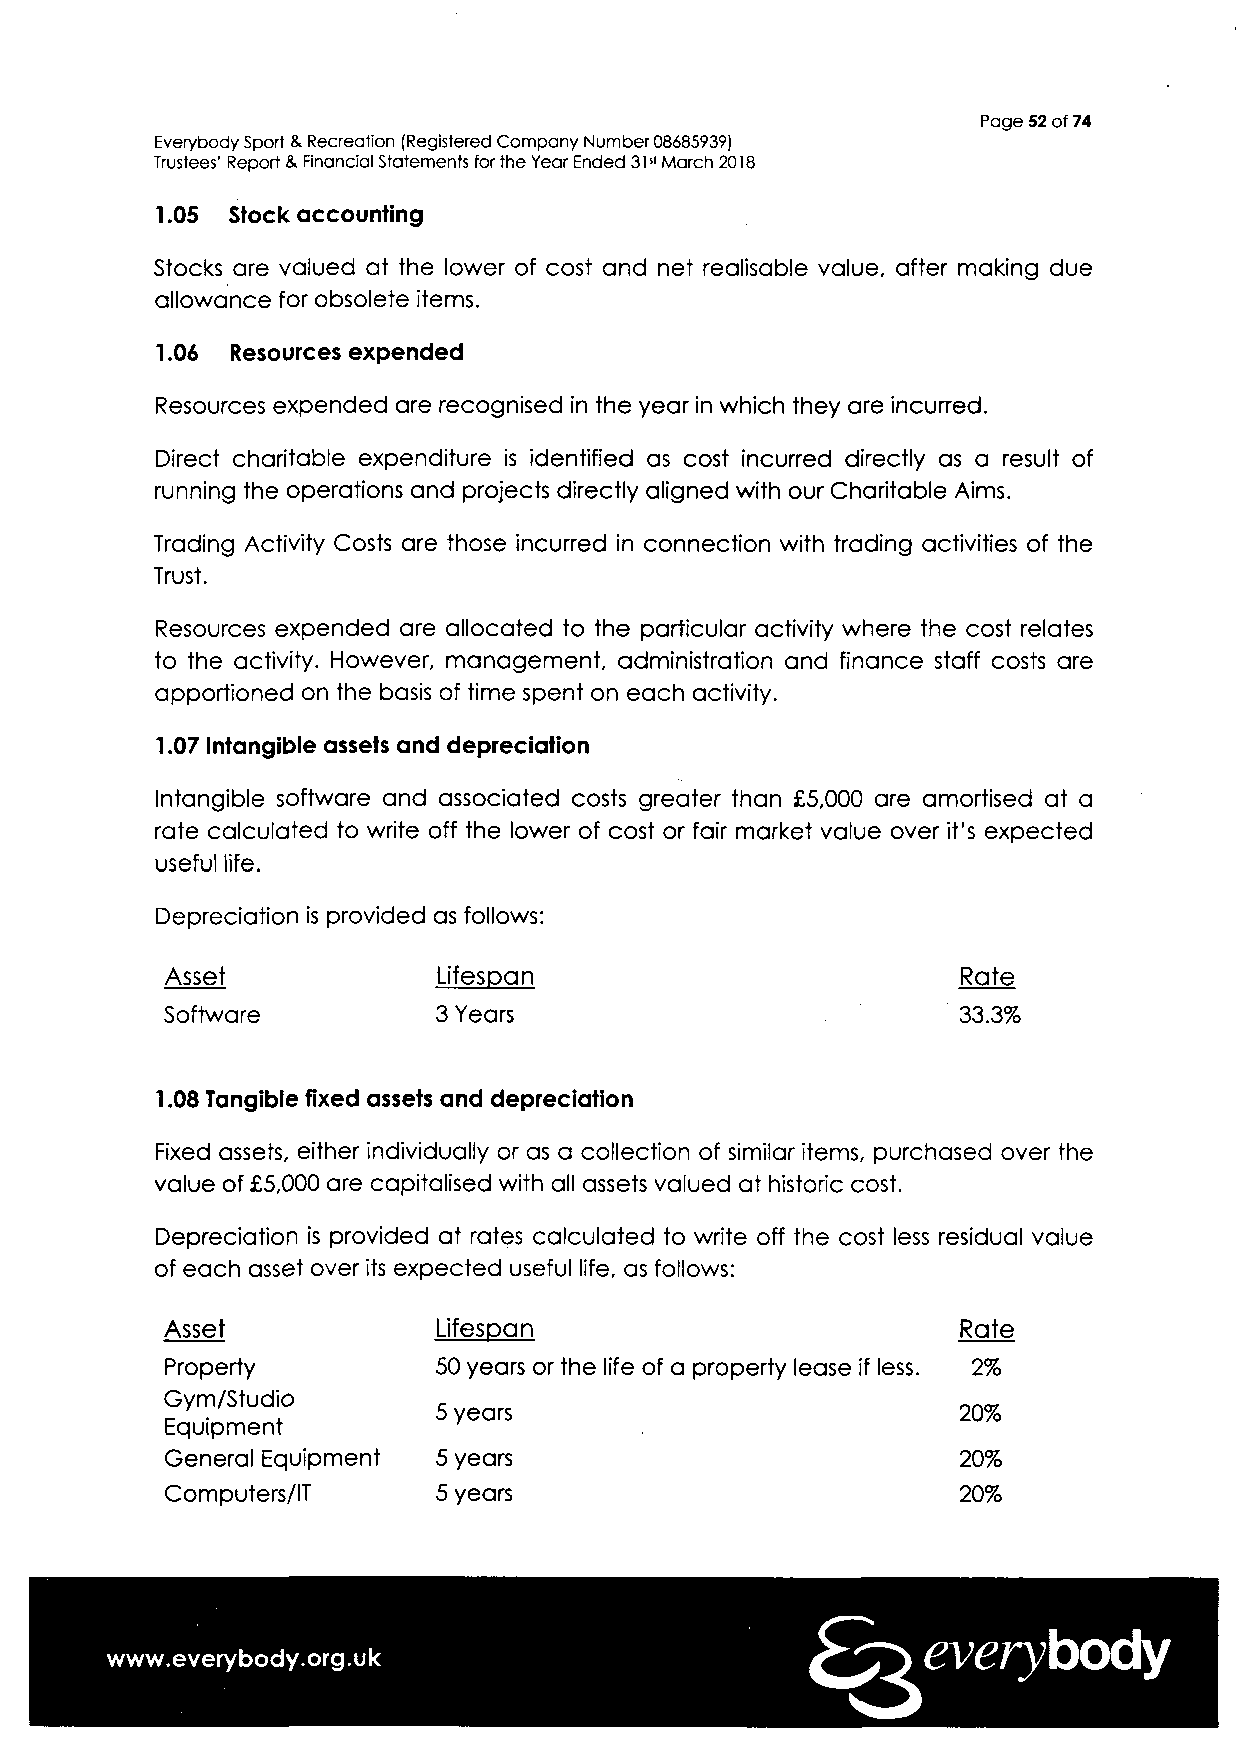
Page 52 of 74
 Everybody Sport & Recreation (Registered Company Number 08685939)
 Trustees' Report & Financial Statements for the Year Ended 31st March 2018
 1.05 Stock accounting
 Stocks are valued at the lower of cost and net realisable value, after making due
 allowance for obsolete items.
 1.06 Resources expended
 Resources expended are recognised in the year in which they are incurred.
 Direct charitable expenditure is identified as cost incurred directly as a result of
 running the operations and projects directly aligned with our Charitable Aims.
 Trading Activity Costs are those incurred in connection with trading activities of the
 Trust.
 Resources expended are allocated to the particular activity where the cost relates
 to the activity. However, management, administration and finance staff costs are
 apportioned on the basis of time spent on each activity.
 1.07 Intangible assets and depreciation
 Intangible software and associated costs greater than £5,000 are amortised at a
 rate calculated to write off the lower of cost or fair market value over it's expected
 useful life.
 Depreciation is provided as follows:
 Asset             Lifespan                           Rate
 Software          3 Years                           33.3%
 1.08 Tangible fixed assets and depreciation
 Fixed assets, either individually or as a collection of similar items, purchased over the
 value of £5,000 are capitalised with all assets valued at historic cost.
 Depreciation is provided at rates calculated to write off the cost less residual value
 of each asset over its expected useful life, as follows:
 Asset             Lifespan                           Rate
 Property          50 years or the life of a property lease if less. 2%
 Gym/Studio
 5 years                           20%
 Equipment
 General Equipment 5 years                           20%
 Computers/IT      5 years                           20%
 everybody
 www.everybody.org.uk